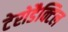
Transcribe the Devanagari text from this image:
टेरोडैक्टिल